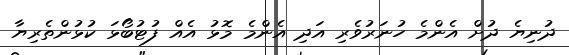
ދުނިޔެ ދުށް އެންމެ ހުނަރުވެރި އަދި އެންމެ މޮޅު އެއް ފުޓުބޯޅަ ކުޅުންތެރިޔާ